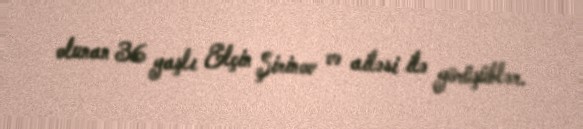
olunan 36 yaşlı Elçin Şirinov və ailəsi ilə görüşüblər.